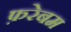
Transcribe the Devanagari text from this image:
फ़रेबम